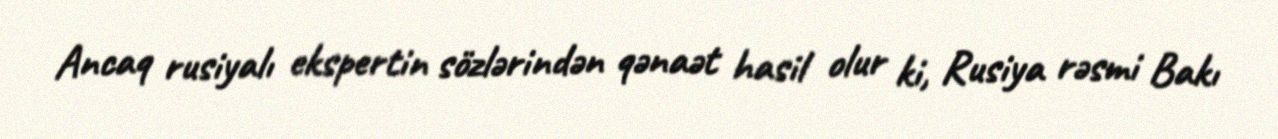
Ancaq rusiyalı ekspertin sözlərindən qənaət hasil olur ki, Rusiya rəsmi Bakı